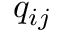
q _ { i j }